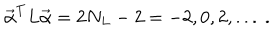
{ \vec { \alpha } } ^ { T } L { \vec { \alpha } } = 2 N _ { L } - 2 = - 2 , 0 , 2 , . . . \ .